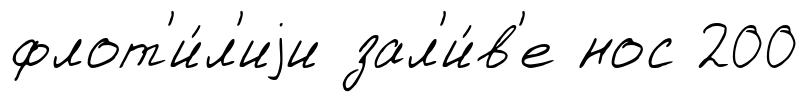
флот'и́л'иjи зал'и́в'е нос 200